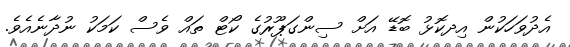
އެދުވަހަކުން އިދކޮޅު ބޮޑޭ އަށް ސިންގަޕޫރުގެ ކޯޓް ތައް ވެސް ކަމަކު ނުދާނެއެވެ.